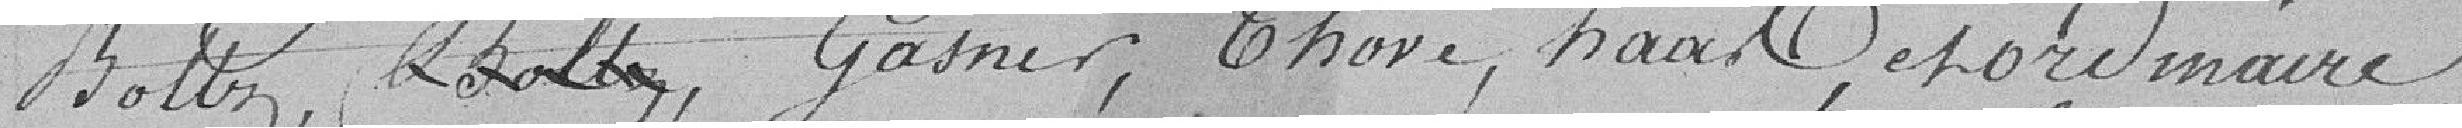
Boltz, Gasner, Thoré, Haast, et ordinaire,